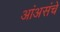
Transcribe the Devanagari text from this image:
आंअसंचे